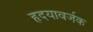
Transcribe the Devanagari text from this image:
हृदयावर्जक